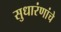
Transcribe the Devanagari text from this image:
सुधारंणांचे